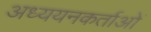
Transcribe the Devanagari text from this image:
अध्‍ययनकर्ताओं